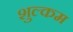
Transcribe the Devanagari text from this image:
शुल्कम